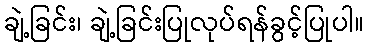
ချဲ့ခြင်း၊ ချဲ့ခြင်းပြုလုပ်ရန်ခွင့်ပြုပါ။